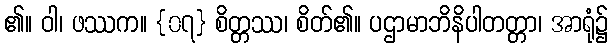
၏။ ဝါ၊ ဖဿက။ {၀၇} စိတ္တဿ၊ စိတ်၏။ ပဌာမာဘိနိပါတတ္တာ၊ အာရုံ၌